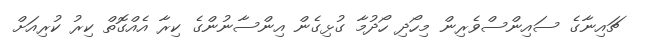
ޗައިނާގެ ސައިންސްވެރިން މިހޯދި ހޯދުމާ ގުޅިގެން އިންސާނުންގެ ކިރާ އެއްގޮތް ކިރު ކުރިއަށް